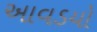
આવડયો